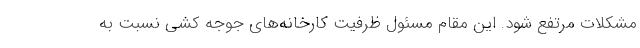
مشکلات مرتفع شود. این مقام مسئول ظرفیت کارخانه‌های جوجه کشی نسبت به